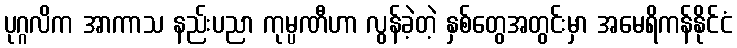
ပုဂ္ဂလိက အာကာသ နည်းပညာ ကုမ္ပဏီဟာ လွန်ခဲ့တဲ့ နှစ်တွေအတွင်းမှာ အမေရိကန်နိုင်ငံ